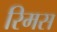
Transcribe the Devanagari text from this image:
रिमस